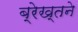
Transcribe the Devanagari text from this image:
ब्रेख्तने